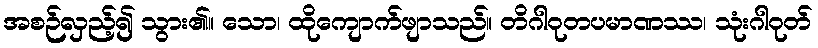
အစဉ်လှည့်၍ သွား၏။ သော၊ ထိုကျောက်ဖျာသည်။ တိဂါဝုတပမာဏဿ၊ သုံးဂါဝုတ်